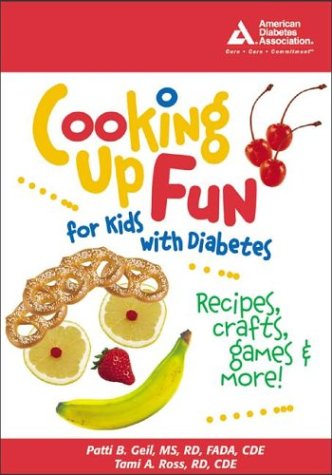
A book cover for Cooking up Fun for Kids with Diabetes; Patti B. Geil; Health, Fitness & Dieting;